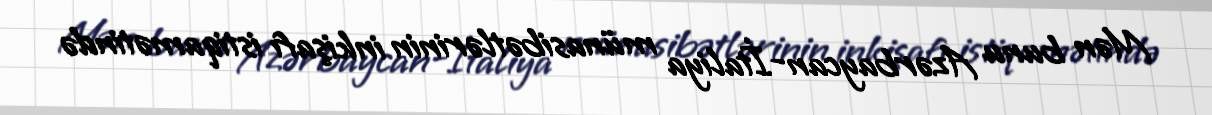
Mən bunu Azərbaycan-İtaliya münasibətlərinin inkişafı istiqamətində